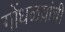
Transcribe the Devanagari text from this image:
गोंधळय़ांची